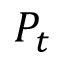
P _ { t }